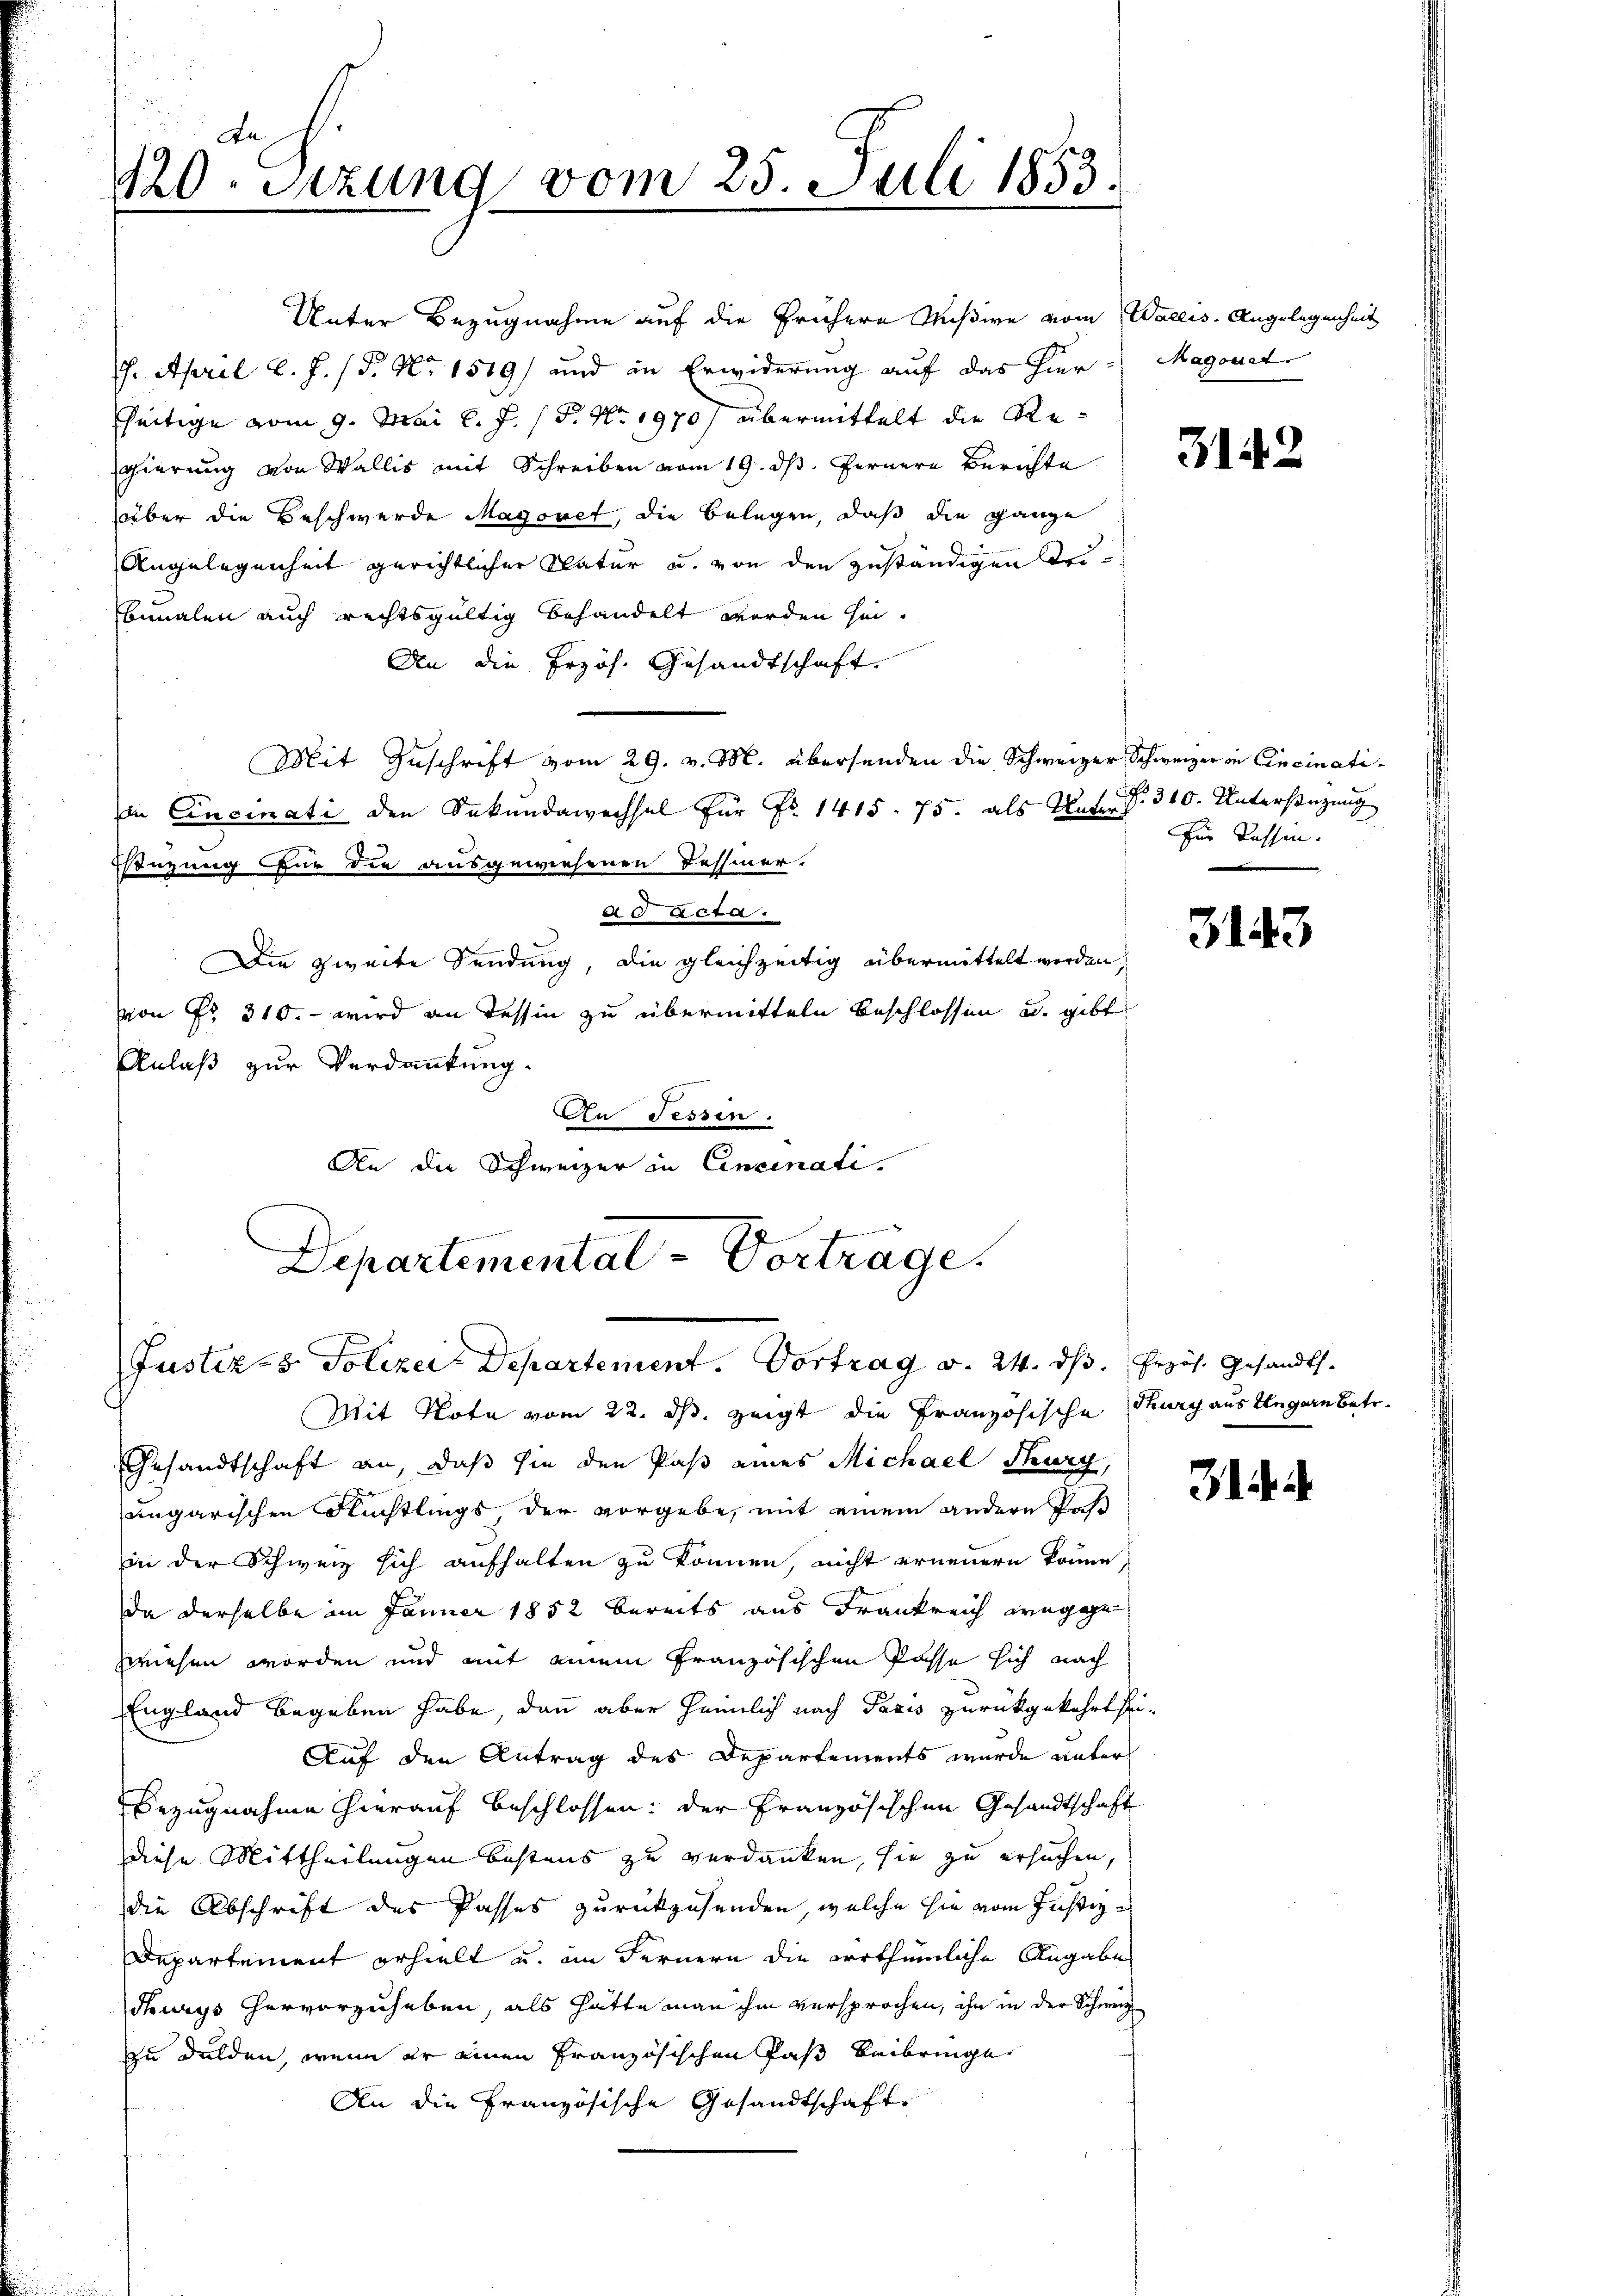
An
120. Setzung vom 25. Juli 1853.

Unter Bezugnahme auf die frühere Mißive vom Wallis. Angelegenheit
7. April l. J. / P. Nr. 1519) und in Erwiderung auf das hier - Magonet
seitige vom 9. Mai l. J. P. Nr. 1970 übermittelt die Regierung von Wallis mit Schreiben vom 19. ds. fernere Berichte
über die Beschwerde Magonet, die Belegen, daß die ganze
Angelegenheit gerichtlicher Natur u. von den zuständigen Tribnnalen auch rechtsgültig behandelt worden sei.
An die Przös. Gesandtschaft.
Mit Zuschrift vom 29. v. M. übersenden die Schweizer Schweizer in Cincinati¬
In Cincinati den Sekundawechsel für Fr. 1415. 75. als Unters
sizung für die ausgewiesenen Tessiner-
ad Acta.
Die zweite Sendung, die gleichzeitig übermittelt werden,
von Fr. 310. - wird an Tessin zu übermitteln beschlossen u. gibt
Anlaß zur Verdankung.
An Tessin.
An die Schweizer in Cincinati
Departementat - Vorträge.
Justiz-8 Polizei Departement. Vortrag v. 24. ds. Erzös. Gesandts
Mit Note vom 22. ds. zeigt die Französische Thurgaus Ungern betr.
Gesandtschaft an, daß sie den Paß eines Michael Thury,
ungarischen Flüchtlings der vorgebe, mit einem andern Pas
in der Schweiz sich aufhalten zu können, nicht erneuern könne,
da derselbe im Jänner 1852 bereits aus Frankreich wegge
zwiesen worden und mit einem französischen Pässe sich nach
England begeben habe, dann aber heimlich nach Paris zurückgekehrt sei.
Auf den Antrag des Departements wurde unter
Bezugnahme hierauf beschlossen: der Französischen Gesandtschaft
diese Mittheilungen bestens zu verdanken, sie zu ersuchen,
die Abschrift des Passes zurückzusenden, welche sie vom Justiz-
Departement erhielt u. im Fernern die Irrthümliche Angabe
Surys hervorzuheben, als hätte man ihm versprochen, ihn in der Schweiz
zu dulden, wenn er einen Französischen Paß beibringe
An die Französische Gesandtschaft

3142

No. 310. Unterstüzung
für Kassin.

3143